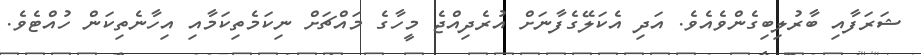
ޝަރަފާއި ބާރުލިބިގެންވެއެވެ. އަދި އެކަލޭގެފާނަށް އުރެދިއްޖެ މީހާގެ މައްޗަށް ނިކަމެތިކަމާއި އިހާނެތިކަން ހުއްޓެވެ.